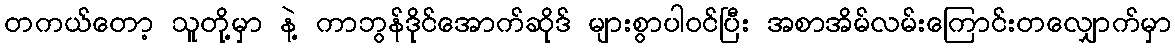
တကယ်တော့ သူတို့မှာ နဲ့ ကာဘွန်ဒိုင်အောက်ဆိုဒ် များစွာပါဝင်ပြီး အစာအိမ်လမ်းကြောင်းတလျှောက်မှာ